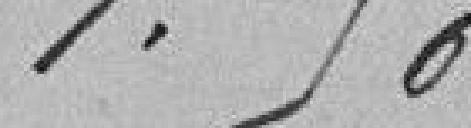
1.50